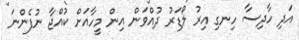
އަދި ހާދިސާ ހިނގި އިރު ލޯޑަރު ދުއްވަން އިން މީހާއަށް ކުއްޖާ ނުފެންނަ